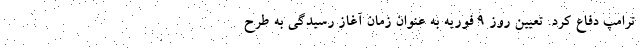
ترامپ دفاع کرد. تعیین روز ۹ فوریه به عنوان زمان آغاز رسیدگی به طرح